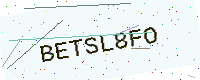
Text: BETSL8FO